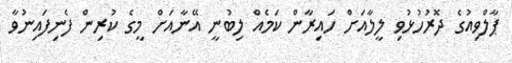
ޕާލްވިއުގެ ދޮރުހުޅުވި ލީލާއަށް ހައިރާން ކަމެއް ލިބުނީ އޭނާއަށް މީގެ ކުރިން ފެނިފައިނުވާ